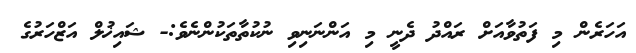
އަހަރެން މި ފަތުވާއަށް ރައްދު ދެނީ މި އަންނަނިވި ނުކުތާތަކުންނެވެ:- ޝައިޚުލް އަޒްހަރުގެ